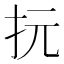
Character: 抏